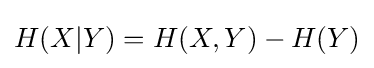
H(X|Y)=H(X,Y)-H(Y)